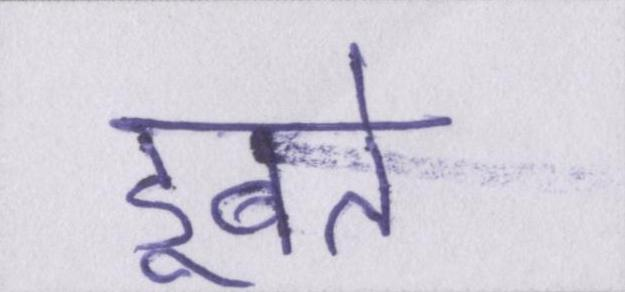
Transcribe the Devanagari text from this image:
डूबते